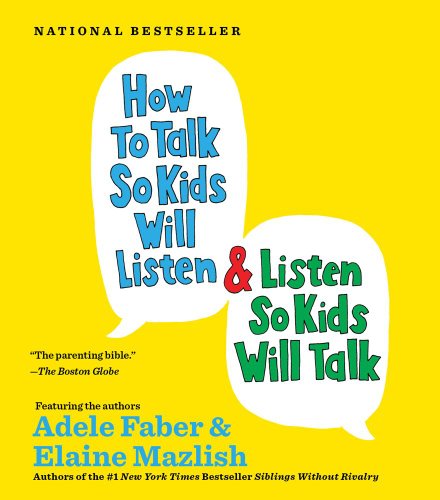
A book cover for How to Talk so Kids Will Listen...And Listen So Kids Will Talk; Adele Faber; Politics & Social Sciences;